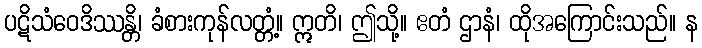
ပဋိသံဝေဒိဿန္တိ၊ ခံစားကုန်လတ္တံ့။ ဣတိ၊ ဤသို့။ ဧတံ ဌာနံ၊ ထိုအကြောင်းသည်။ န